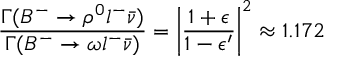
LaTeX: \frac { \Gamma ( B ^ { - } \rightarrow \rho ^ { 0 } l ^ { - } \bar { \nu } ) } { \Gamma ( B ^ { - } \rightarrow \omega l ^ { - } \bar { \nu } ) } = \left| \frac { 1 + \epsilon } { 1 - \epsilon ^ { \prime } } \right| ^ { 2 } \approx 1 . 1 7 2